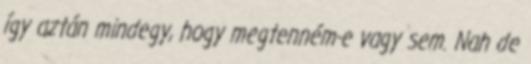
így aztán mindegy, hogy megtenném-e vagy sem. Nah de